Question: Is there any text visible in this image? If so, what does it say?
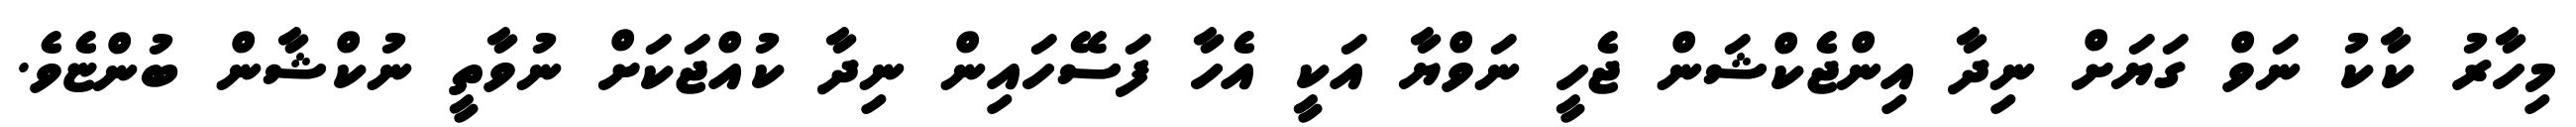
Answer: މިހާރު ކާކު ނަވް ގަޔަށް ނިދާ އިންޖެކްޝަން ޖެހީ ނަވްޔާ އަކީ އެހާ ފަސޭހައިން ނިދާ ކުއްޖަކަށް ނުވާތީ ނުކްޝާން ބުންޏެވެ.